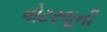
વોટરલૂની